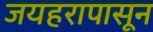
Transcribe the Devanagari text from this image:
जयहरापासून